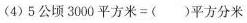
(4)$$5 公 顷 3 0 0 0 平 方 米 = ( ) 平 方 分 米$$